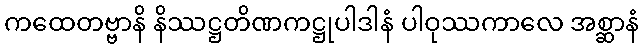
ကထေတဗ္ဗာနိ နိဿဋ္ဌတိဏကဋ္ဌုပါဒါနံ ပါဝုဿကာလေ အစ္ဆာနံ